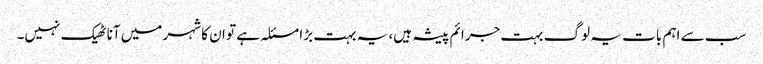
سب سے اہم بات یہ لوگ بہت جرائم پیشہ ہیں، یہ بہت بڑا مسئلہ ہے تو ان کا شہر میں آنا ٹھیک نہیں۔